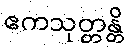
ဧကသုတ္တန္တိ